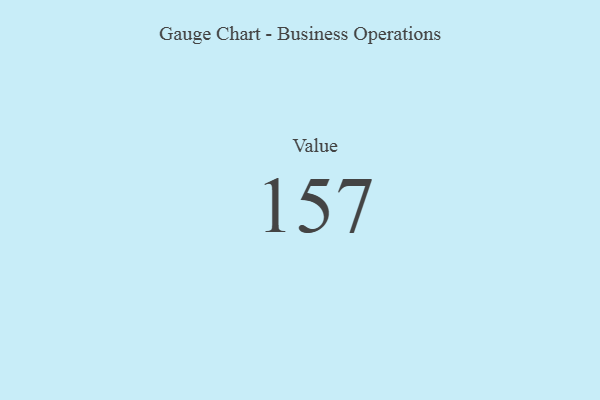
{"axis": {"x": "Metric", "y": "Value"}, "legend": [""], "data": [{"x": "Value", "y": 157, "type": ""}]}